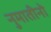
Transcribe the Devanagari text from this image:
नुमातीनो